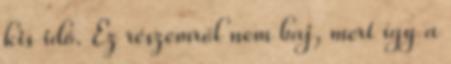
kis idő. Ez részemről nem baj, mert így a